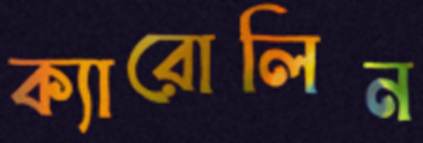
ক্যারোলিন